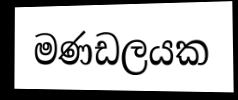
මණඩලයක